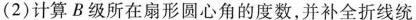
(2)计算B级所在扇形圆心角的度数，并补全折线统